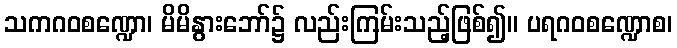
သကဂဝစဏ္ဍော၊ မိမိနွားဘော်၌ လည်းကြမ်းသည့်ဖြစ်၍။ ပရဂဝစဏ္ဍောစ၊